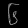
Digit: ၆